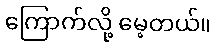
ကြောက်လို့ မေ့တယ်။